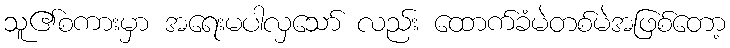
သူ၏စကားမှာ အရေးမပါလှသော် လည်း ထောက်ခံမဲတစ်မဲအဖြစ်တော့